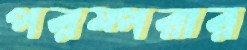
পরম্পরার